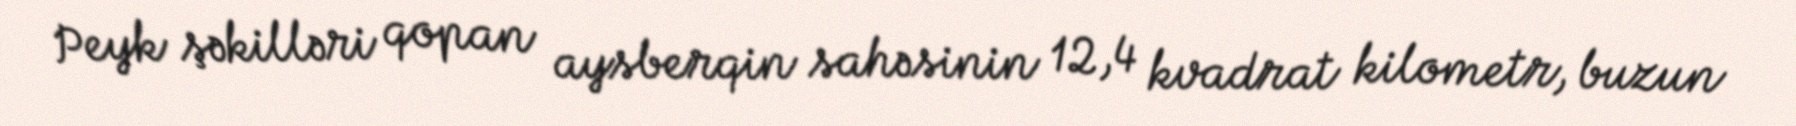
Peyk şəkilləri qopan aysberqin sahəsinin 12,4 kvadrat kilometr, buzun